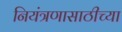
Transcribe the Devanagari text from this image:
नियंत्रणासाठीच्या